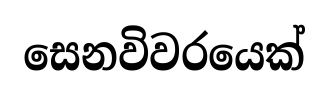
සෙනවිවරයෙක්